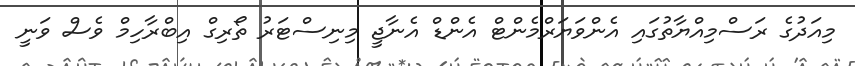
މިއަދުގެ ރަސްމިއްޔާތުގައި އެންވަޔަރްމެންޓް އެންޑް އެނާޖީ މިނިސްޓަރު ތޯރިގް އިބްރާހިމް ވެސް ވަނީ